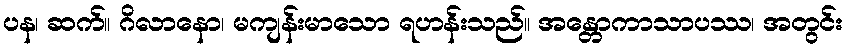
ပန၊ ဆက်။ ဂိလာနော၊ မကျန်းမာသော ရဟန်းသည်။ အန္တောကာသာပဿ၊ အတွင်း